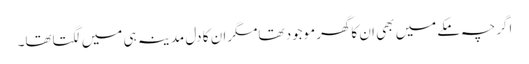
اگرچہ مکےمیں بھی ا ن کاگھرموجود تھامگران کا دل مدینہ ہی میں لگتاتھا۔